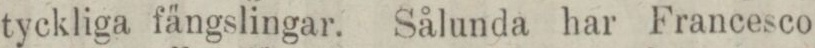
tyckliga fängslingar. Sålunda har Francesco